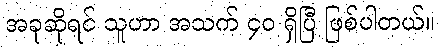
အခုဆိုရင် သူဟာ အသက် ၄၀ ရှိပြီ ဖြစ်ပါတယ်။